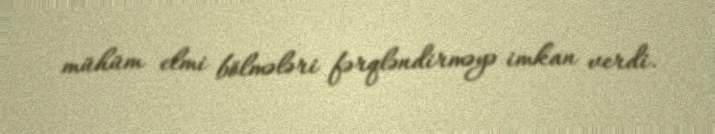
mühüm elmi bölmələri fərqləndirməyə imkan verdi.